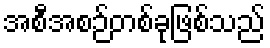
အစီအစဉ်တစ်ခုဖြစ်သည်